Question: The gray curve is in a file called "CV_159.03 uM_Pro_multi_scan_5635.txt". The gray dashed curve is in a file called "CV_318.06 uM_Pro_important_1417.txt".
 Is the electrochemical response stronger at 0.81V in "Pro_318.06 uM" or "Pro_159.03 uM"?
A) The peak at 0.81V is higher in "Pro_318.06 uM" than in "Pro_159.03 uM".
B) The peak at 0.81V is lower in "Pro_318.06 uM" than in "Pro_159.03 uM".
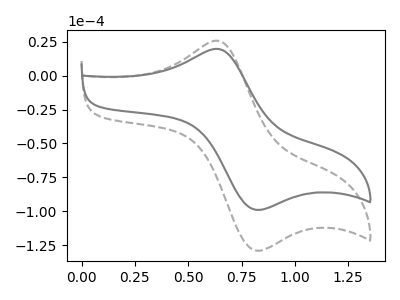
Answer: <think>The gray curve "Pro_159.03 uM" has an anodic peak at (0.65V, 19.85uA) and a cathodic peak at (0.80V, -98.60uA). The gray dashed curve "Pro_318.06 uM" has an anodic peak at (0.65V, 25.85uA) and a cathodic peak at (0.80V, -128.55uA).</think>
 <answer>A) The peak at 0.81V is higher in "Pro_318.06 uM" than in "Pro_159.03 uM".</answer>
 <eval>A</eval>